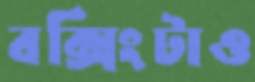
বক্সিংটাও